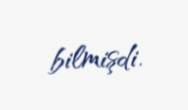
bilmişdi.